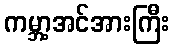
ကမ္ဘာ့အင်အားကြီး